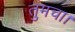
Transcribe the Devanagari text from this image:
तुमचा।